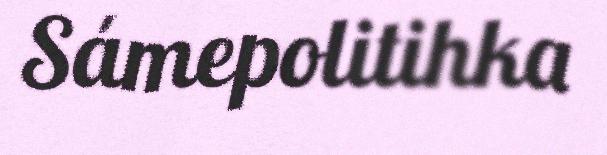
Sámepolitihka